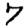
Digit: 7